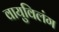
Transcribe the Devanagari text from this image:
वायुविलंग